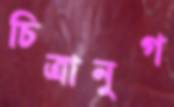
চিত্রানুগ